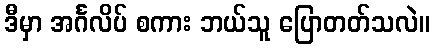
ဒီမှာ အင်္ဂလိပ် စကား ဘယ်သူ ပြောတတ်သလဲ။